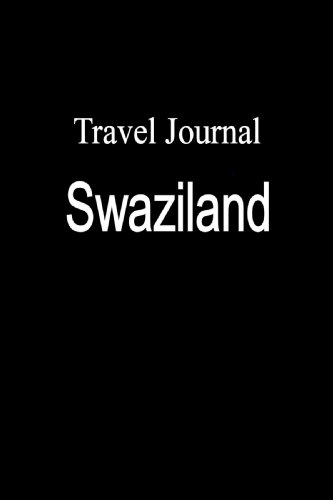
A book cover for Travel Journal Swaziland; E Locken; Travel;